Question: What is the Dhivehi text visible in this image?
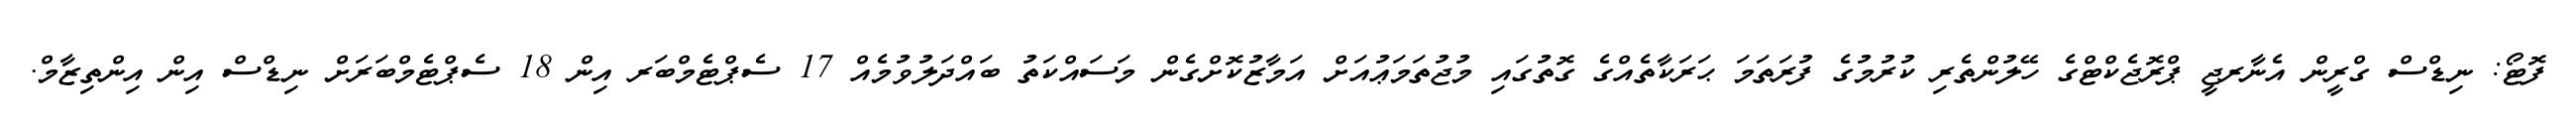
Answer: ފޮޓޯ: ނިޑްސް ގްރީން އެނާރޖީ ޕްރޮޖެކްޓްގެ ހޭލުންތެރި ކުރުމުގެ ފުރަތަމަ ޙަރަކާތެއްގެ ގޮތުގައި މުޖުތަމަޢުއަށް އަމާޒުކޮށްގެން މަސައްކަތު ބައްދަލުވުމެއް 17 ސެޕްޓެމްބަރ އިން 18 ސެޕްޓެމްބަރަށް ނިޑްސް އިން އިންތިޒާމް.